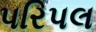
પરિપલ